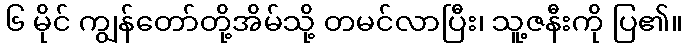
၆ မိုင် ကျွန်တော်တို့အိမ်သို့ တမင်လာပြီး၊ သူ့ဇနီးကို ပြ၏။